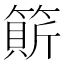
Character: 𥲣